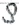
Text: S